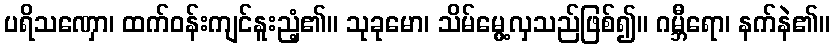
ပရိသဏှော၊ ထက်ဝန်းကျင်နူးညံ့၏။ သုခုမော၊ သိမ်မွေ့လှသည်ဖြစ်၍။ ဂမ္ဘီရော၊ နက်နဲ၏။